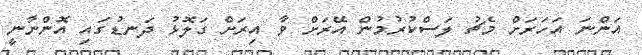
އަންނަ އަހަރަށް މެޗު ލަސްކުރުމުން އޭރަށް ވާ އިރަށް ގަލޮޅު ދަނޑުގައި އޮންނާނީ